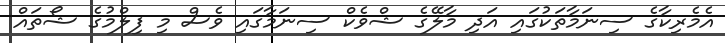
އެމެރިކާގެ ސިނަމާތަކުގައި އަދި މާލޭގެ ޝްވެކް ސިނަމާގައި ވެސް މި ފިލްމުގެ ޝޯތައް